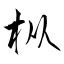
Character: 枞